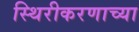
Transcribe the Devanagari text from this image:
स्थिरीकरणाच्या